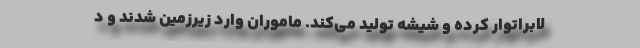
لابراتوار کرده و شیشه تولید می‌کند. ماموران وارد زیرزمین شدند و د